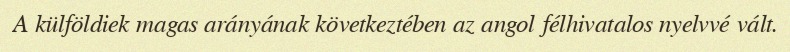
A külföldiek magas arányának következtében az angol félhivatalos nyelvvé vált.